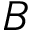
B